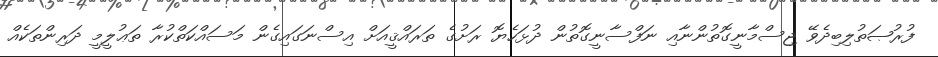
ފުރުޞަތުލިބިދެވޭ ޖިސްމާނީގޮތުންނާއި ނަފްސާނީގޮތުން ދުޅަހެޔޮ ރަށުގެ ތަރައްޤީއަށް އިސްނަގައިގެން މަސައްކަތްކުރާ ތަޢުލީމީ ދަރިންތަކެއް